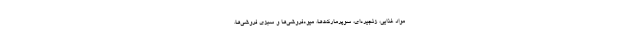
مواد غذایی، زنجیره‌ای، سوپرمارکت‌ها، میوه‌فروشی‌ها و سبزی فروشی‌ها،